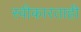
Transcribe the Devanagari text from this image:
स्वीकारताही